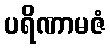
ပရိဏာမဇံ